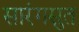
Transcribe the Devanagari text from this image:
सारंगसुत